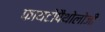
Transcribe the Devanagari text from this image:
फायटोपैथोलोजी